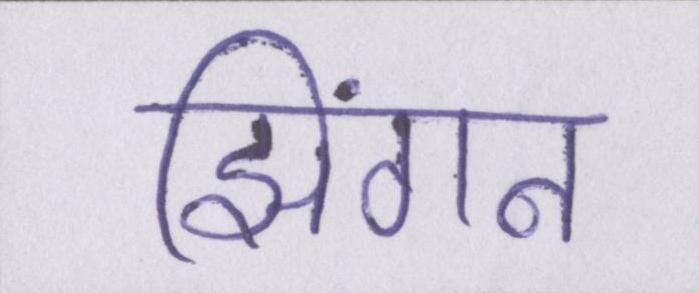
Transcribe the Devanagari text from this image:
झिंगन